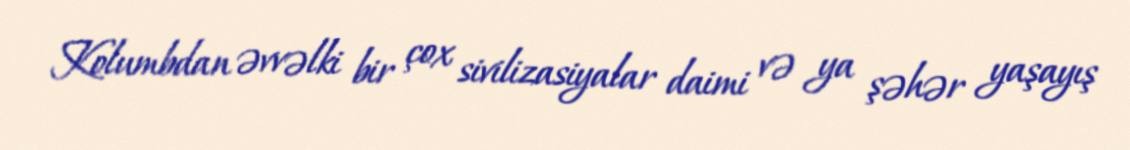
Kolumbdan əvvəlki bir çox sivilizasiyalar daimi və ya şəhər yaşayış